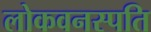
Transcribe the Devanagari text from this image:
लोकवनस्पति